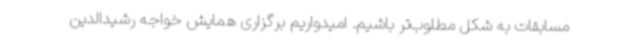
مسابقات به شکل مطلوب‌تر باشیم. امیدواریم برگزاری همایش خواجه رشیدالدین